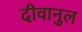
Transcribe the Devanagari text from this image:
दीवानुल